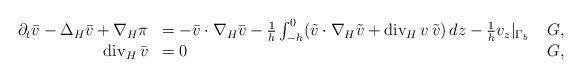
LaTeX: \begin{align*} \begin{array}{rll}\partial_t \bar v - \Delta_H \bar v + \nabla_H\pi &= -\bar v\cdot\nabla_H\bar v - \frac1h \int_{-h}^0 (\tilde v\cdot\nabla_H\tilde v + \mathrm{div}_H\, v\,\tilde v)\,dz - \frac1h v_z|_{\Gamma_b} & \; G, \\\mathrm{div}_H\,\bar v &= 0 & \; G,\end{array}\end{align*}